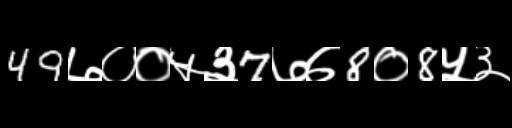
Text: 49७००५३7७७8०8५३